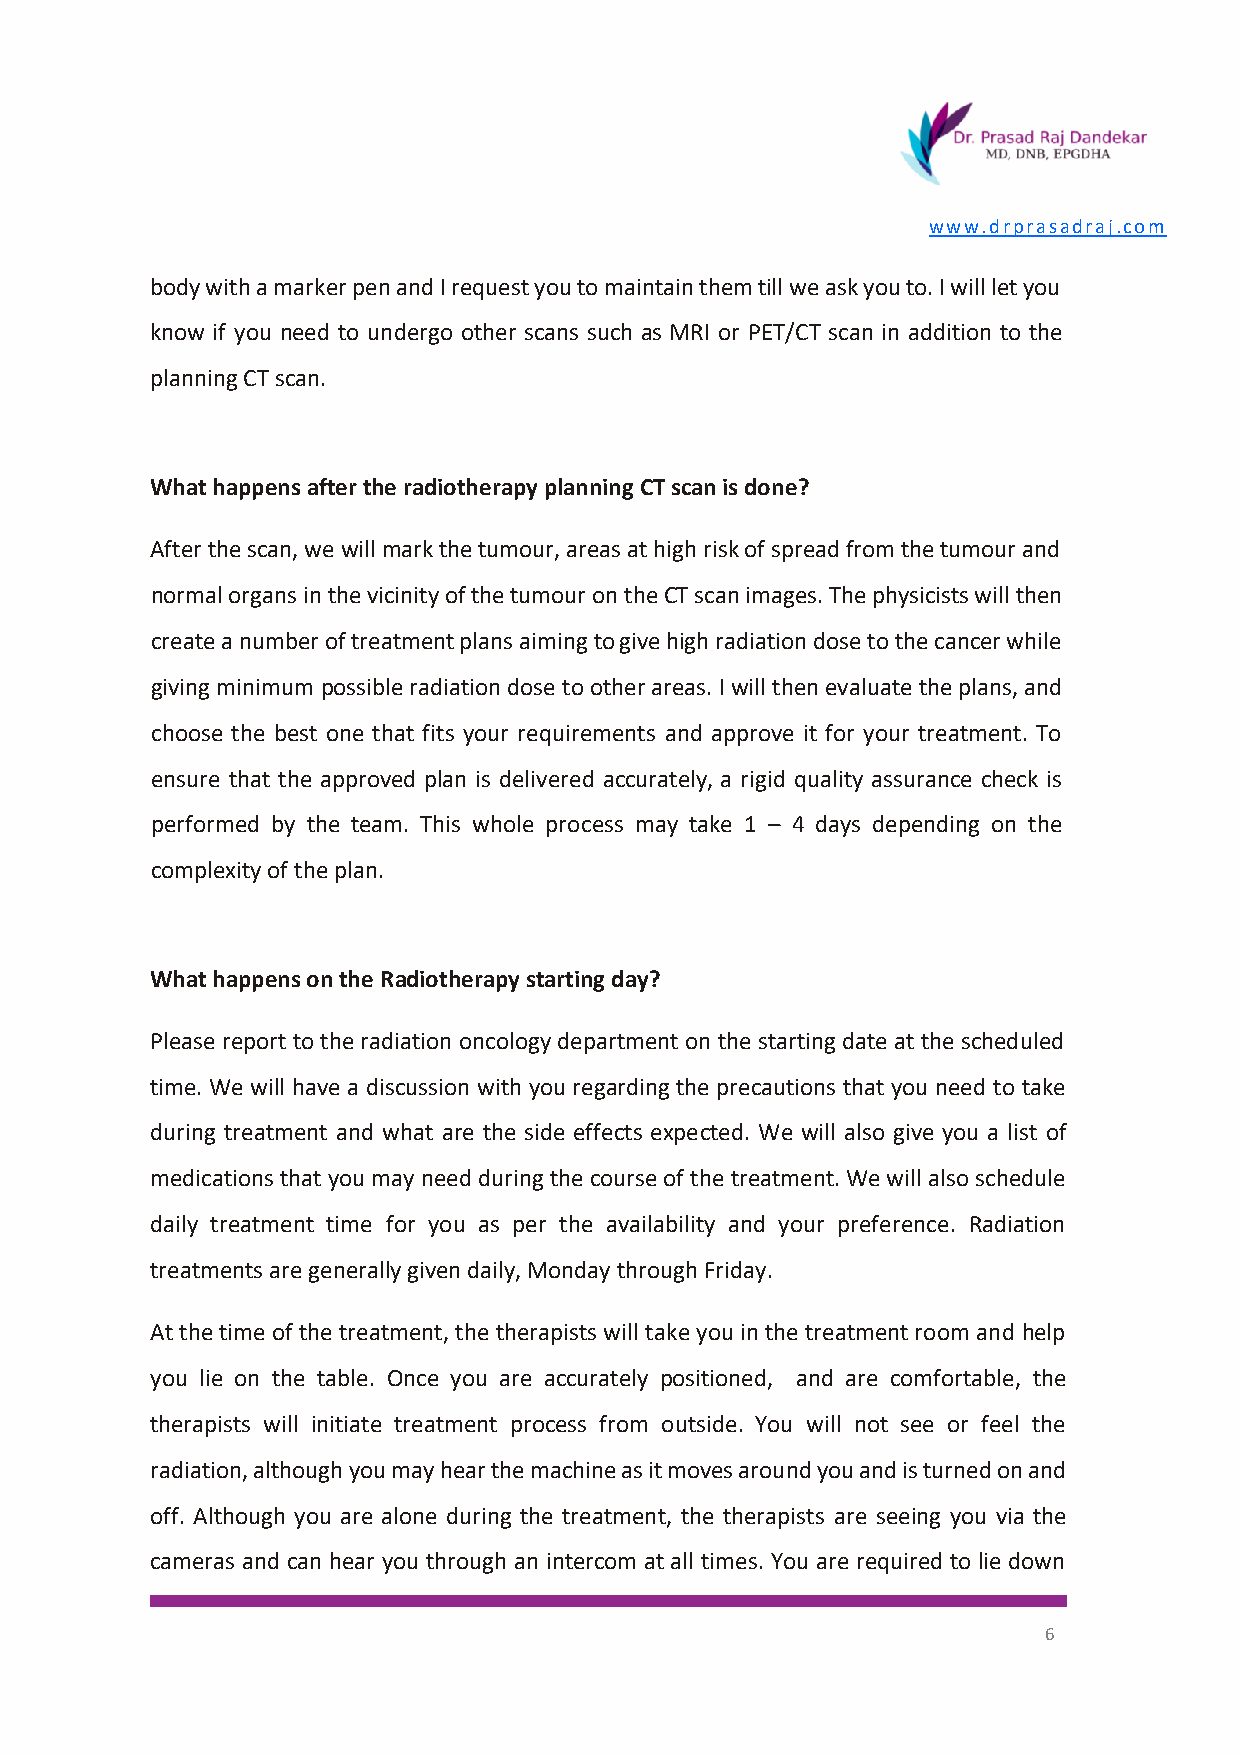
www.drprasadraj.com
 body with a marker pen and I request you to maintain them till we ask you to. I will let you
 know if you need to undergo other scans such as MRI or PET/CT scan in addition to the
 planning CT scan.
 What happens after the radiotherapy planning CT scan is done?
 After the scan, we will mark the tumour, areas at high risk of spread from the tumour and
 normal organs in the vicinity of the tumour on the CT scan images. The physicists will then
 create a number of treatment plans aiming to give high radiation dose to the cancer while
 giving minimum possible radiation dose to other areas. I will then evaluate the plans, and
 choose the best one that fits your requirements and approve it for your treatment. To
 ensure that the approved plan is delivered accurately, a rigid quality assurance check is
 performed by the team. This whole process may take 1 – 4 days depending on the
 complexity of the plan.
 What happens on the Radiotherapy starting day?
 Please report to the radiation oncology department on the starting date at the scheduled
 time. We will have a discussion with you regarding the precautions that you need to take
 during treatment and what are the side effects expected. We will also give you a list of
 medications that you may need during the course of the treatment. We will also schedule
 daily treatment time for you as per the availability and your preference. Radiation
 treatments are generally given daily, Monday through Friday.
 At the time of the treatment, the therapists will take you in the treatment room and help
 you lie on the table. Once you are accurately positioned, and are comfortable, the
 therapists will initiate treatment process from outside. You will not see or feel the
 radiation, although you may hear the machine as it moves around you and is turned on and
 off. Although you are alone during the treatment, the therapists are seeing you via the
 cameras and can hear you through an intercom at all times. You are required to lie down
 6